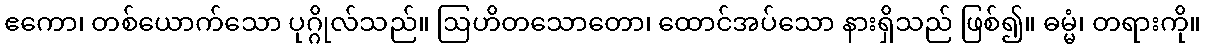
ဧကော၊ တစ်ယောက်သော ပုဂ္ဂိုလ်သည်။ ဩဟိတသောတော၊ ထောင်အပ်သော နားရှိသည် ဖြစ်၍။ ဓမ္မံ၊ တရားကို။